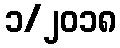
၁/၂၀၁၈